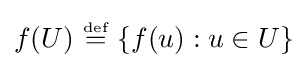
f(U)~{\stackrel {\scriptscriptstyle {\text{def}}}{=}}~\{f(u):u\in U\}